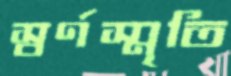
স্বর্ণস্মৃতি